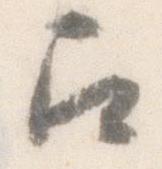
召